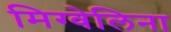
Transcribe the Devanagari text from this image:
मिग्वेलिना